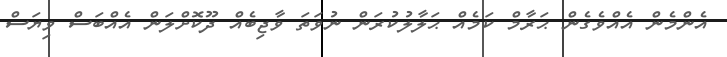
އެންމެން އެއްވެގެން ޙަރާމް ކަމެއް ޙަލާލުކުރަން ނުވަތަ ވާޖިބެއް ދޫކޮށްލަން އެއްބަސް ވިޔަސް